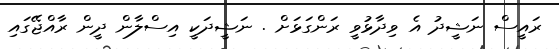
ރައީސް ނަޝީދު އެ ވިދާޅުވީ ރަންގަޅަށް . ނަޝީދަކީ އިސްލާން ދީން ރާއްޖޭގައި